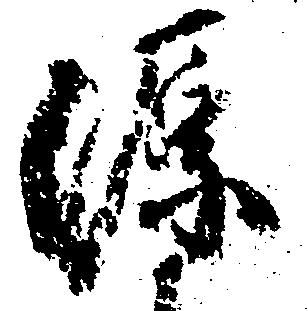
源